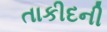
તાકીદની